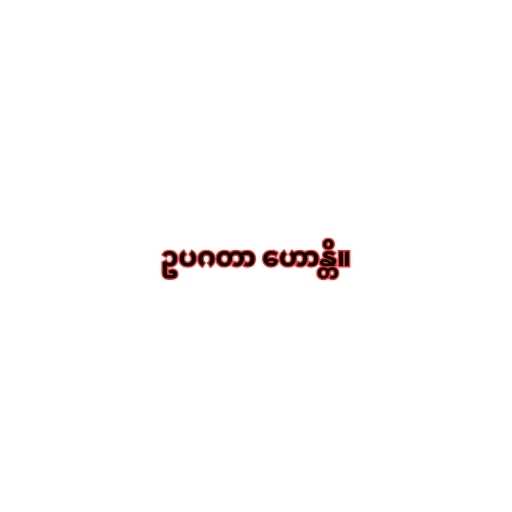
ဥပဂတာ ဟောန္တိ။